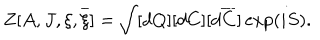
Z [ A , J , \xi , \overline { { { \xi } } } ] = \int [ d Q ] [ d C ] [ d \overline { { { C } } } ] \exp ( i S ) .